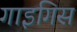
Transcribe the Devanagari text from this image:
गाइगिस